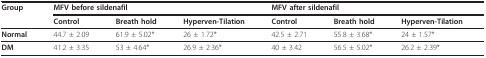
<table><thead><tr><td><b>Group</b></td><td colspan="3"><b>MFV before sildenafil</b></td><td colspan="3"><b>MFV after sildenafil</b></td></tr><tr><td>[EMPTY_CELL]</td><td><b>Control</b></td><td><b>Breath hold</b></td><td><b>Hyperven-Tilation</b></td><td><b>Control</b></td><td><b>Breath hold</b></td><td><b>Hyperven-Tilation</b></td></tr></thead><tbody><tr><td><b>Normal</b></td><td>44.7 ± 2.09</td><td>61.9 ± 5.02*</td><td>26 ± 1.72*</td><td>42.5 ± 2.71</td><td>55.8 ± 3.68*</td><td>24 ± 1.57*</td></tr><tr><td><b>DM</b></td><td>41.2 ± 3.35</td><td>53 ± 4.64*</td><td>26.9 ± 2.36*</td><td>40 ± 3.42</td><td>56.5 ± 5.02*</td><td>26.2 ± 2.39*</td></tr></tbody></table>